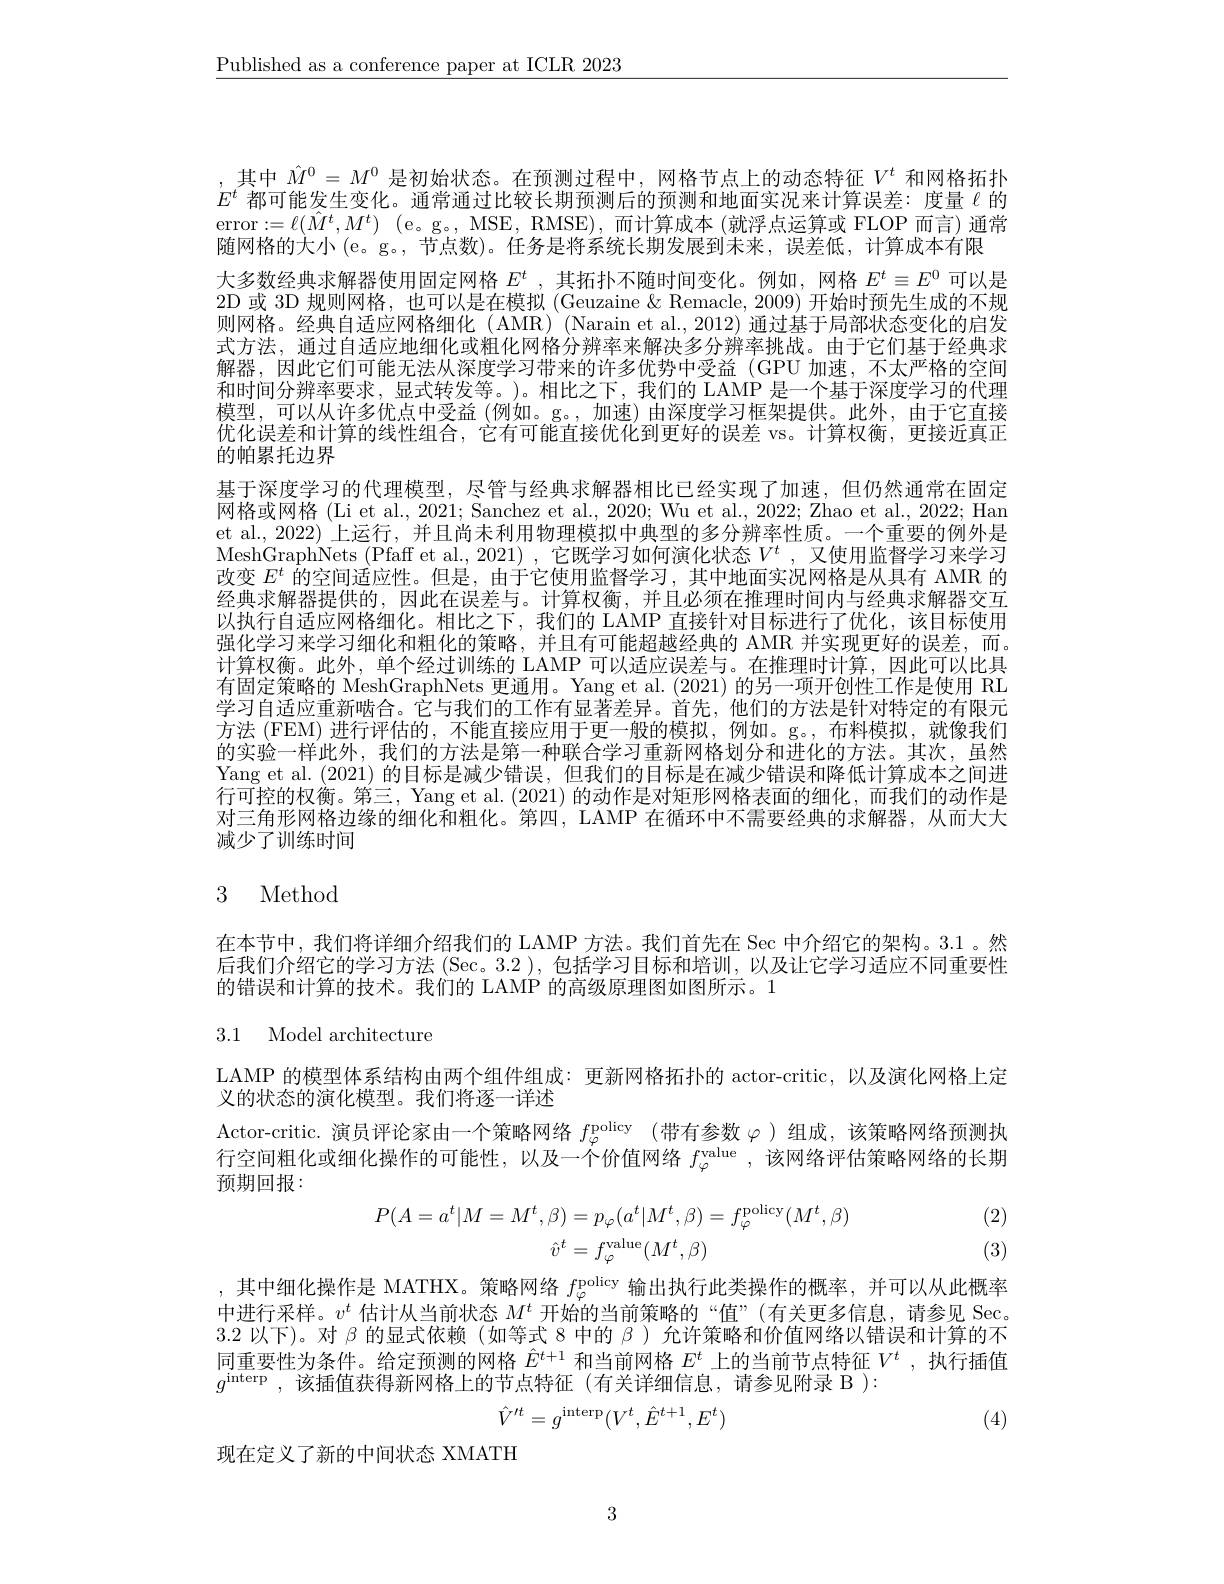
$\underline{\text{Published as a conference paper at ICLR 2023}}$

其中$\hat{M}^0=M^0$是初始状态。在预测过程中，网格节点上的动态特征$V^t$和网格拓扑$E^t$ 都可能发生变化。通常通过比较长期预测后的预测和地面实况来计算误差：度量$\ell$ 的error$: = \ell ( \hat{M} ^{t}, M^{t})$ (e。g。, MSE, RMSE), 而计算成本 (就浮点运算或 FLOP 而言) 通常随网格的大小(e。g。,节点数)。任务是将系统长期发展到未来，误差低，计算成本有限
大多数经典求解器使用固定网格$E^t$ ,其拓扑不随时间变化。例如，网格$E^t\equiv E^0$可以是2D 或 3D 规则网格，也可以是在模拟 (Geuzaine & Remacle, 2009) 开始时预先生成的不规则网格。经典自适应网格细化 (AMR) (Narain et al., 2012) 通过基于局部状态变化的启发式方法，通过自适应地细化或粗化网格分辨率来解决多分辨率挑战。由于它们基于经典求解器，因此它们可能无法从深度学习带来的许多优势中受益(GPU 加速，不太严格的空间和时间分辨率要求，显式转发等。)。相比之下，我们的 LAMP 是一个基于深度学习的代理模型，可以从许多优点中受益 (例如。g。,加速)由深度学习框架提供。此外，由于它直接优化误差和计算的线性组合，它有可能直接优化到更好的误差 vs。计算权衡，更接近真正的帕累托边界
基于深度学习的代理模型，尽管与经典求解器相比已经实现了加速，但仍然通常在固定网格或网格 (Li et al., 2021; Sanchez et al., 2020; Wu et al., 2022; Zhao et al., 2022; Han et al., 2022) 上运行，并且尚未利用物理模拟中典型的多分辨率性质。一个重要的例外是MeshGraphNets (Pfaff et al.,2021) ,它既学习如何演化状态$V^t$ ,又使用监督学习来学习改变$E^t$的空间适应性。但是，由于它使用监督学习，其中地面实况网格是从具有 AMR 的经典求解器提供的，因此在误差与。计算权衡，并且必须在推理时间内与经典求解器交互以执行自适应网格细化。相比之下，我们的 LAMP 直接针对目标进行了优化，该目标使用强化学习来学习细化和粗化的策略，并且有可能超越经典的 AMR 并实现更好的误差，而。计算权衡。此外，单个经过训练的 LAMP 可以适应误差与。在推理时计算，因此可以比具有固定策略的 MeshGraphNets 更通用。Yang et al. (2021) 的另一项开创性工作是使用 RL 学习自适应重新啮合。它与我们的工作有显著差异。首先，他们的方法是针对特定的有限元方法 (FEM) 进行评估的，不能直接应用于更一般的模拟，例如。g。, 布料模拟，就像我们的实验一样此外，我们的方法是第一种联合学习重新网格划分和进化的方法。其次，虽然Yang et al. (2021)的目标是减少错误，但我们的目标是在减少错误和降低计算成本之间进行可控的权衡。第三，Yang et al. (2021) 的动作是对矩形网格表面的细化，而我们的动作是对三角形网格边缘的细化和粗化。第四，LAMP 在循环中不需要经典的求解器，从而大大减少了训练时间

# 3 Method

在本节中，我们将详细介绍我们的 LAMP 方法。我们首先在 Sec 中介绍它的架构。3.1 。然后我们介绍它的学习方法 (Sec。3.2 ), 包括学习目标和培训，以及让它学习适应不同重要性的错误和计算的技术。我们的 LAMP 的高级原理图如图所示。1

# 3.1 Model architecture

LAMP 的模型体系结构由两个组件组成：更新网格拓扑的 actor-critic,以及演化网格上定
义的状态的演化模型。我们将逐一详述
Actor-critic. 演员评论家由一个策略网络 $f_\varphi ^\mathrm{policy}$ (带有参数 $\varphi$ )组成，该策略网络预测执行空间粗化或细化操作的可能性，以及一个价值网络$f_\varphi^\mathrm{value}$ ,该网络评估策略网络的长期预期回报：
$$P(A=a^{t}|M=M^{t},\beta)=p_{\varphi}(a^{t}|M^{t},\beta)=f_{\varphi}^{\mathrm{policy}}(M^{t},\beta)\\\hat{v}^{t}=f_{\varphi}^{\mathrm{value}}(M^{t},\beta)$$
(2) (3)

,其中细化操作是 MATHX。策略网络$f_{\varphi}^\mathrm{policy}$输出执行此类操作的概率，并可以从此概率中进行采样。$v^t$估计从当前状态$M^t$开始的当前策略的“值”(有关更多信息，请参见 Sec。3.2 以下)。对$\beta$的显式依赖 (如等式 8 中的$\beta$ )允许策略和价值网络以错误和计算的不同重要性为条件。给定预测的网格$\hat{E}^{t+1}$和当前网格$E^t$上的当前节点特征$V^t$,执行插值$g^{\mathrm{interp}}$,该插值获得新网格上的节点特征(有关详细信息，请参见附录 B ):
$$\hat{V}^{\prime t}=g^{\mathrm{interp}}(V^{t},\hat{E}^{t+1},E^{t})$$
(4)

现在定义了新的中间状态 XMATH

3